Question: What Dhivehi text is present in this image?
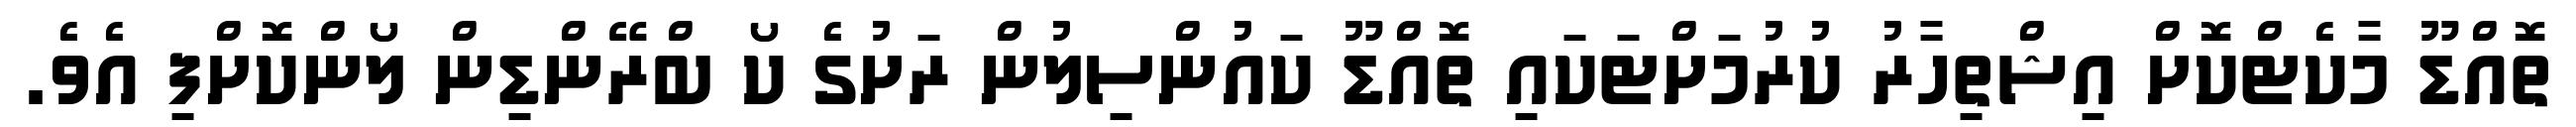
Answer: ތޮއްޑޫ މާކެޓްކޮށް އިޝްތިހާރު ކުރުމަށްޓަކައި ތޮއްޑޫ ކައުންސިލުން ރަށުގެ ކޯ ބްރޭންޑިން ލޯންކޮށްފި އެވެ.